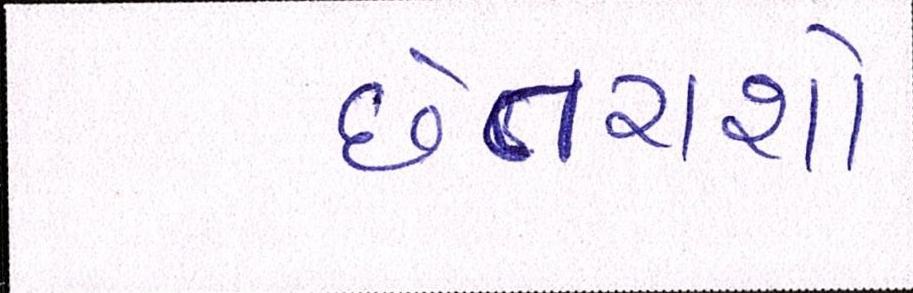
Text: છેતરાશો